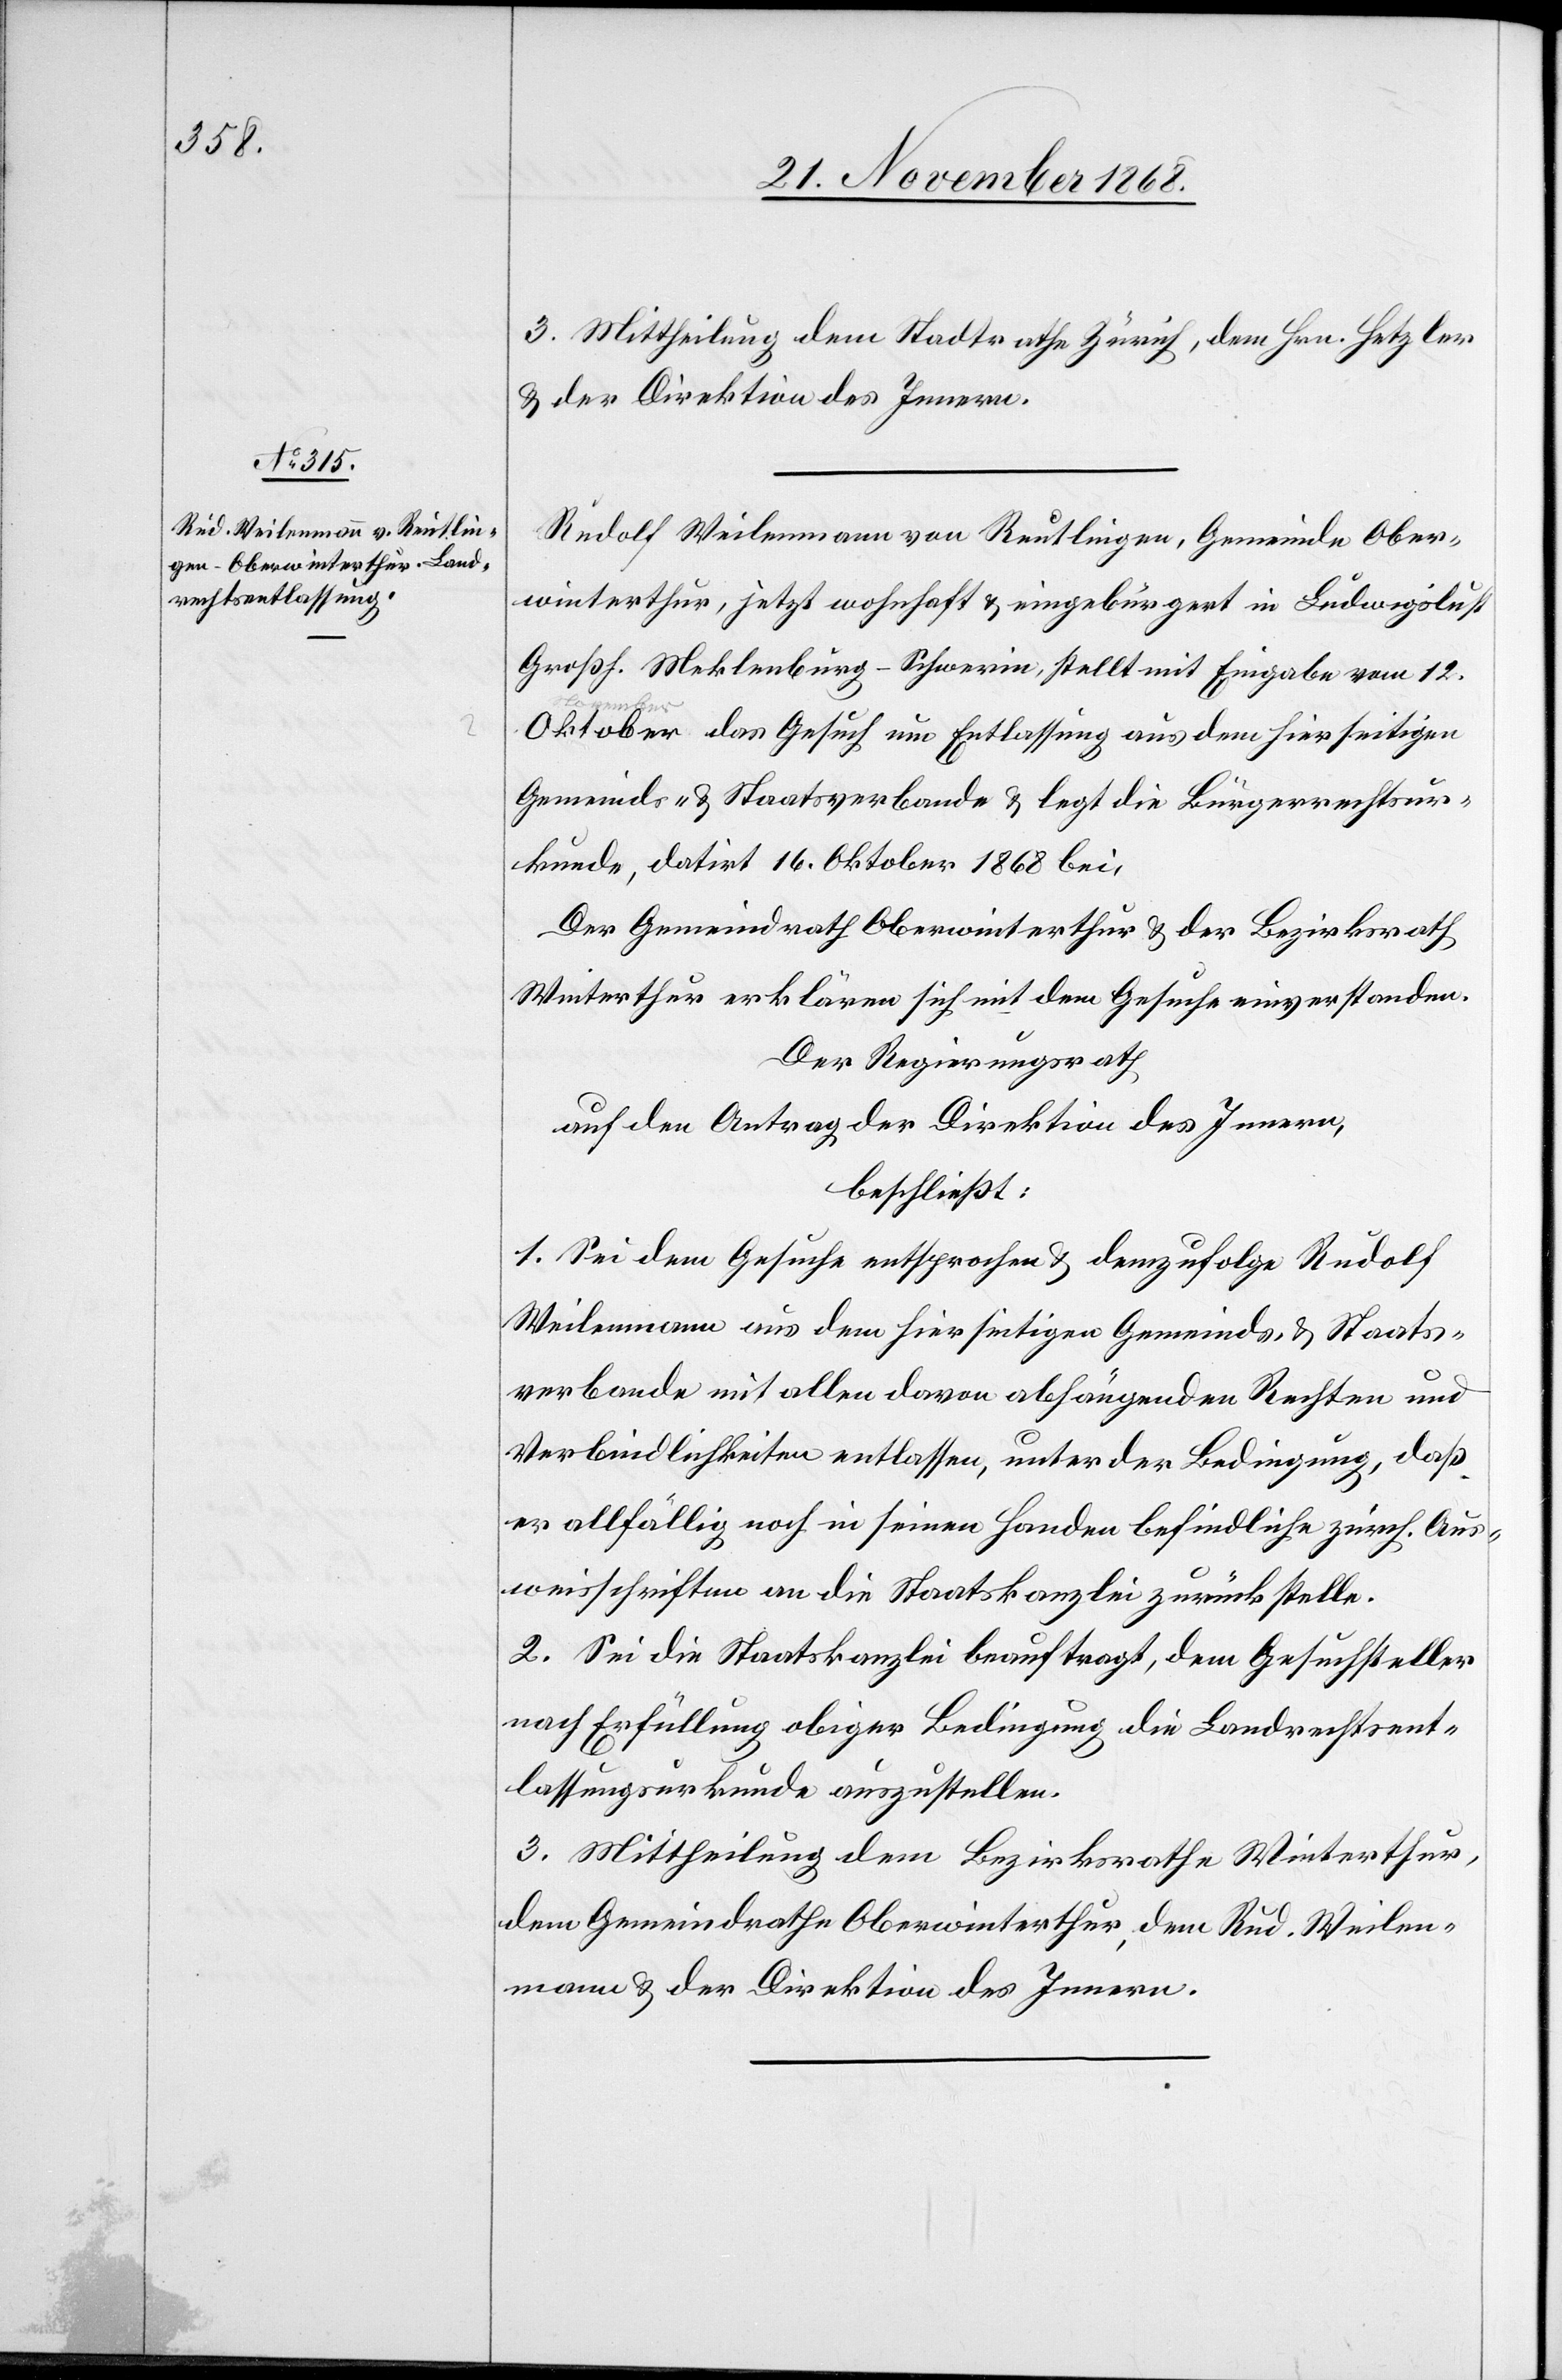
3. Mittheilung dem Stadtrathe Zürich, dem Hrn. Hetzler
& der Direktion des Innern.
Rudolf Weilenmann von Reutlingen, Gemeinde Ober¬
winterthur, jetzt wohnhaft & eingebürgert in Ludwigslust
Großh. Meklenburg-Schwerin, stellt mit Eingabe vom 12.
Oktober das Gesuch um Entlassung aus dem hierseitigen
Gemeinds- & Staatsverbande & legt die Bürgerrechtsur¬
kunde, datirt 16. Oktober 1868 bei.
Der Gemeindrath Oberwinterthur & der Bezirksrath
Winterthur erklären sich mit dem Gesuche einverstanden.
Der Regierungsrath
auf den Antrag der Direktion des Innern,
beschließt:
1. Sei dem Gesuche entsprochen & demzufolge Rudolf
Weilenmann aus dem hierseitigen Gemeinds- & Staats¬
verbande mit allen davon abhängenden Rechten und
Verbindlichkeiten entlassen, unter der Bedingung, daß
er allfällig noch in seinen Handen befindliche zürch. Aus¬
weisschriften an die Staatskanzlei zurückstelle.
2. Sei die Staatskanzlei beauftragt, dem Gesuchsteller
nach Erfüllung obiger Bedingung die Landrechtsent¬
lassungsurkunde auszustellen.
3. Mittheilung dem Bezirksrathe Winterthur,
dem Gemeindrathe Oberwinterthur, dem Rud. Weilen¬
mann & der Direktion des Innern.